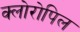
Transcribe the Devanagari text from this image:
क्लोरोपिल